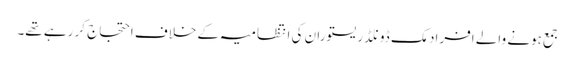
جمع ہونے والے افراد مک ڈونلڈ ریستوران کی انتظامیہ کے خلاف احتجاج کر رہے تھے۔